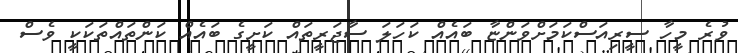
ވުރެ މީހާ ސީރިއަސްކަމަށްވަންޏާ ބައެއް ކަހަލަ ސާޖަރީތައް ކަށީގެ ބައެއް ކަންތައްތަކަކީ ވެސް